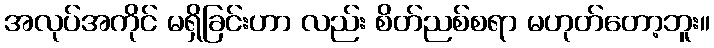
အလုပ်အကိုင် မရှိခြင်းဟာ လည်း စိတ်ညစ်စရာ မဟုတ်တော့ဘူး။